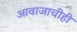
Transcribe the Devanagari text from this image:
आवाजाचीही